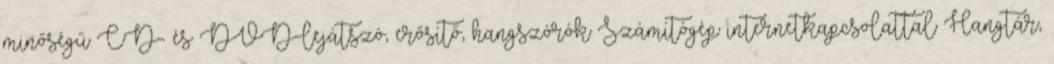
minőségű CD- és DVD-lejátszó, erősítő, hangszórók Számítógép internetkapcsolattal Hangtár,